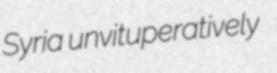
Syria unvituperatively